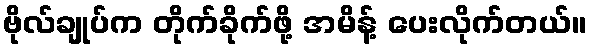
ဗိုလ်ချုပ်က တိုက်ခိုက်ဖို့ အမိန့် ပေးလိုက်တယ်။